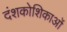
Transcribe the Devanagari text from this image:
दंशकोशिकाओं